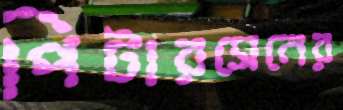
পিটারসেনের